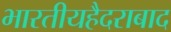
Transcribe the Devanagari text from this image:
भारतीयहैदराबाद